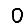
Digit: 0